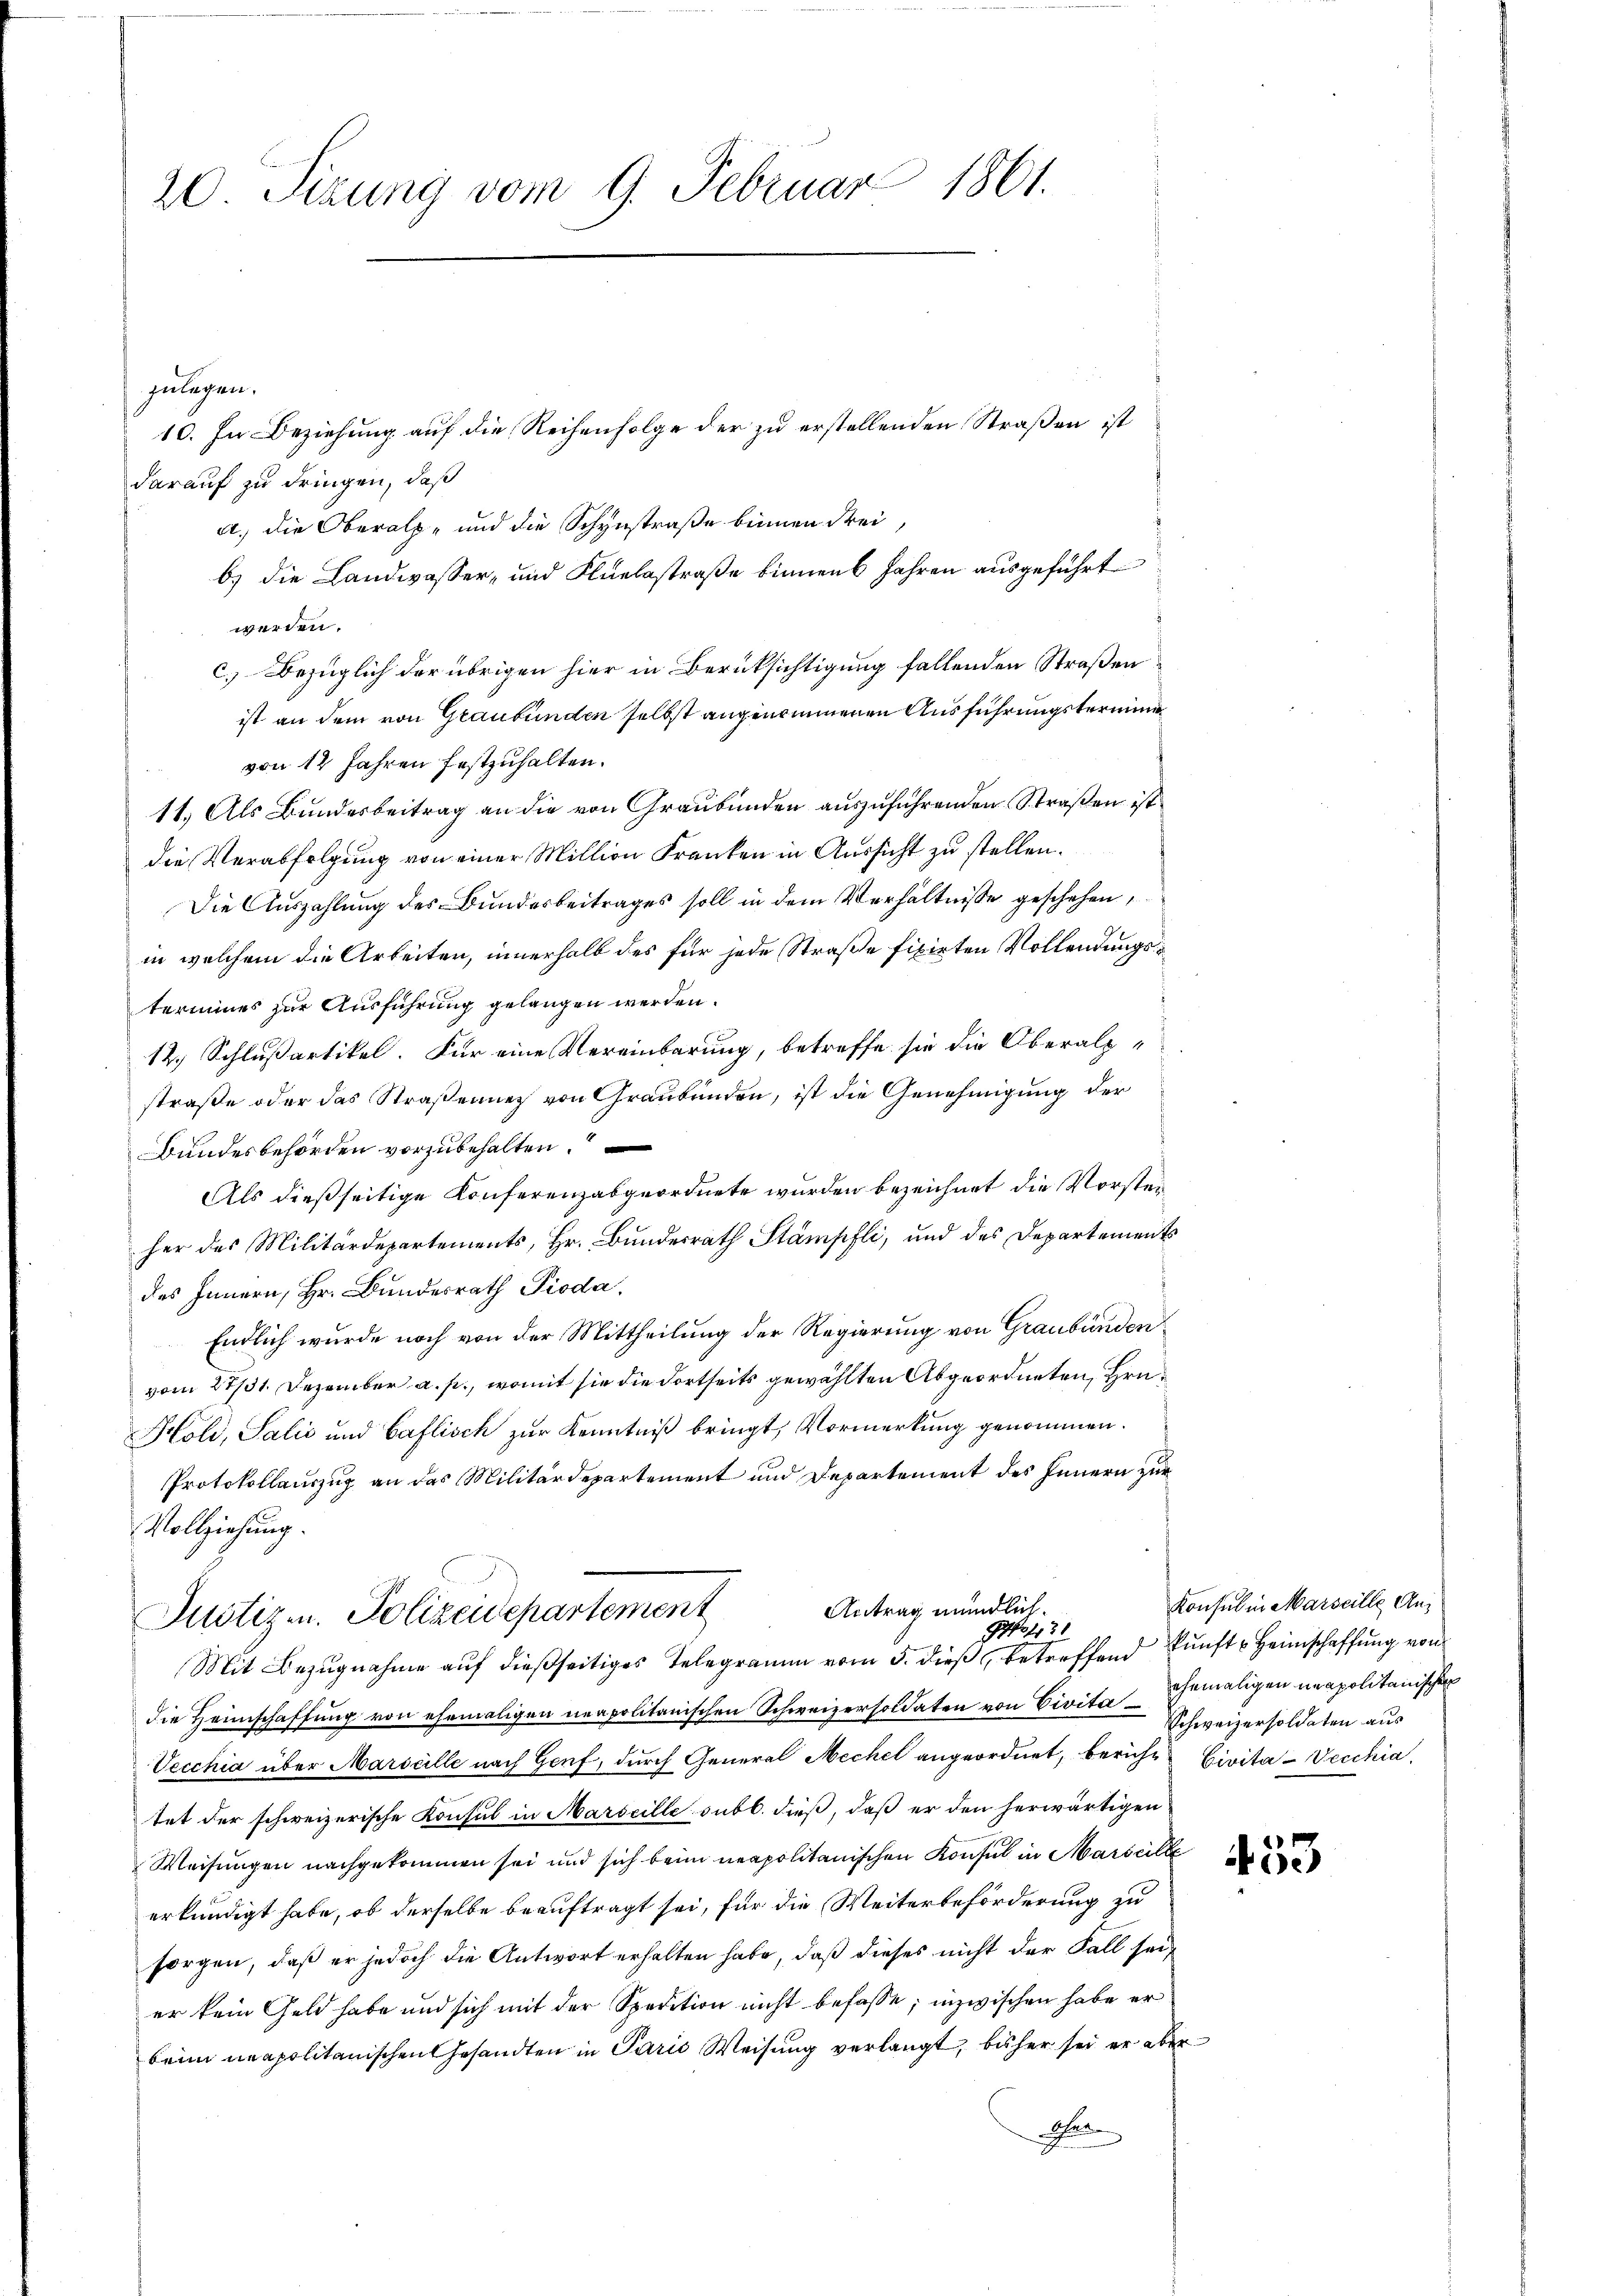
20 Tizung vom 9. Februar 1861.

zulegen.
10. In Beziehung auf die Reihenfolge der zu erstellenden Straßen ist
darauf zu dringen, daß
a. die Oberalpe und die Schynstraße binnen drei,
b) die Landwasser- und Flüelsstraße binnen 6 Jahren ausgeführt
werden.
c.) Bezüglich der übrigen hier in Berüksichtigung fallenden Straßen
ist an dem von Graubünden selbst angenommenen Ausführungstermine
von 12 Jahren festzuhalten.
11. Als Bundesbeitrag an die von Graubünden auszuführenden Straßen ist
die Verabfolgung von einer Million Franken in Aussicht zu stellen.
Die Auszahlung des Bundesbeitrages soll in dem Verhältnisse geschehen,
in welchem die Arbeiten, innerhalb des für jede Straße fixirten Vollendungstermines zur Ausführung gelangen werden.
12. Schlußartikel. Für eine Vereinbarung, betreffe sie die Oberalpstraße oder das Straßenner von Graubünden, ist die Genehmigung der
Bundesbehörden vorzubehalten.
Als dießseitige Konferenzabgeordnete wurden bezeichnet die Vorsteiher das Militärdepartements, Hr. Bundesrath Stämpfli, und des Departements
des Innern, Hr. Bundesrath Pioda.
Endlich wurde noch von der Mittheilung der Regierung von Graubünden
vom 27/31. Dezember a. p., womit sie die dortseits gewählten Abgeordneten, Hrn.
Holi, Salis und Caflisch zur Kenntniß bringt, Vormerkung genommen.
Protokollauszug an das Militärdepartement und Departement des Innern zur
Vollziehung.
Antrag mündlich.
Justizen. Polizeidepartement
421
Mit Bezugnahme auf dießseitiges Telegramm vom 5. dieß betreffend kunft Heimschaffung von
die Heimschaffung von ehemaligen neapolitanischen Schweizersoldaten von Civita gemaligen unapolitanischen
Vecchia über Marseille nach Genf, durch General Mechel angeordnet, beruhen Civita-Vecchia
tet der schweizerische Konsul in Marseille subl. dieß, daß er den herwärtigen
Weisungen nachgekommen sei und sich beim neapolitanischen Konsul in Marseille
erkundigt habe, ob derselbe beauftragt sei, für die Weiterbeförderung zu
sorgen, daß er jedoch die Antwort erhalten habe, daß dieses nicht der Fall seier kein Geld habe und sich mit der Spedition nicht befasse; inzwischen habe er
beim neapolitanischen Gesandten in Paris Weisung verlangt, beher sei er aber
haben

Konsul in Marseille An¬
Schweizersoldaten aus

453